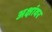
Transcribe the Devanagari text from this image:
अक्षांवर